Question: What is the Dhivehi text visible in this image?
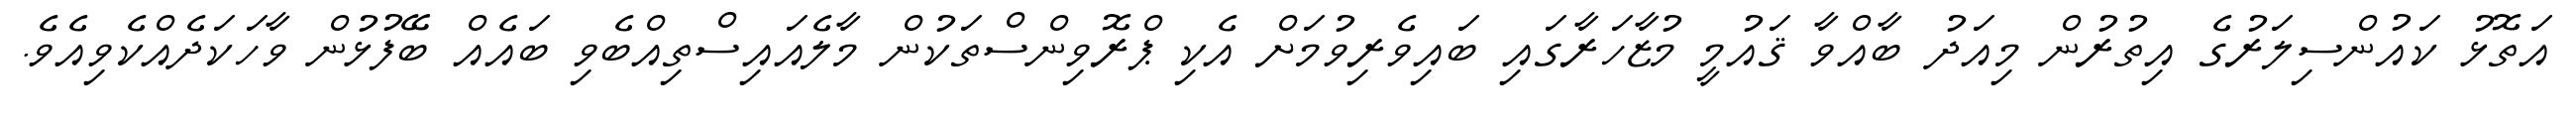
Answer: އަތޮޅު ކައުންސިލަރުގެ އިތުރުން މިއަދު ބާއްވާ ޤައުމީ މުޒާހަރާގައި ބައިވެރިވުމަށް އެކި ޕްރޮވިންސްތަކުން މާލެއައިސްތިއްބެވި ބައެއް ބޭފުޅުން ވާހަކަދެއްކެވިއެވެ.